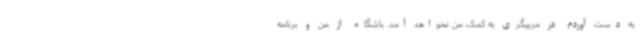
به دست آوردم در مربیگری به کمک من نخواهد آمد. باشگاه از من و برنامه